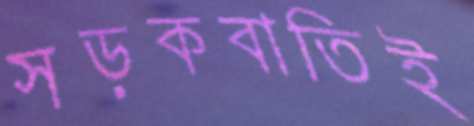
সড়কবাতিই